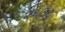
૨૬૩૭